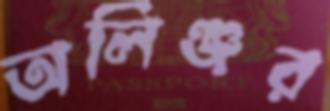
অলিঞ্জর